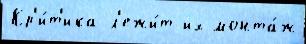
Кр'и́т'ика л'ежи́т их монта́ж